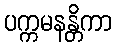
ပက္ကမနန္တိကာ